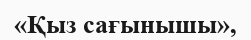
«Қыз сағынышы»,